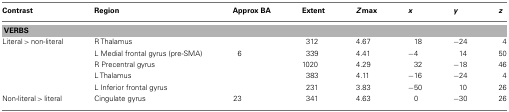
<table><thead><tr><td><b>Contrast</b></td><td><b>Region</b></td><td><b>Approx BA</b></td><td><b>Extent</b></td><td><b><i>Z</i>max</b></td><td><b><i>x</i></b></td><td><b><i>y</i></b></td><td><b><i>z</i></b></td></tr></thead><tbody><tr><td colspan="8"><b>VERBS</b></td></tr><tr><td>Literal &gt; non-literal</td><td>R Thalamus</td><td></td><td>312</td><td>4.67</td><td>18</td><td>−24</td><td>4</td></tr><tr><td></td><td>L Medial frontal gyrus (pre-SMA)</td><td>6</td><td>339</td><td>4.41</td><td>−4</td><td>14</td><td>50</td></tr><tr><td></td><td>R Precentral gyrus</td><td></td><td>1020</td><td>4.29</td><td>32</td><td>−18</td><td>46</td></tr><tr><td></td><td>L Thalamus</td><td></td><td>383</td><td>4.11</td><td>−16</td><td>−24</td><td>4</td></tr><tr><td></td><td>L Inferior frontal gyrus</td><td></td><td>231</td><td>3.83</td><td>−50</td><td>10</td><td>26</td></tr><tr><td>Non-literal &gt; literal</td><td>Cingulate gyrus</td><td>23</td><td>341</td><td>4.63</td><td>0</td><td>−30</td><td>26</td></tr></tbody></table>